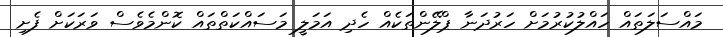
މައްސަލަތައް ހައްލުކުރުމަށް ހަރުދަނާ ޕްލޭންތަކެއް ހެދި އަމަލީ މަސައްކަތްތައް ކޮންމެވެސް ވަރަކަށް ފެށި